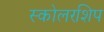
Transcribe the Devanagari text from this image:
स्कोलरशिप